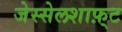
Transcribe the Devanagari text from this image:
जेस्सेलशाफ़्ट